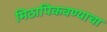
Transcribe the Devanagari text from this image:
मिठापिकवण्याचा